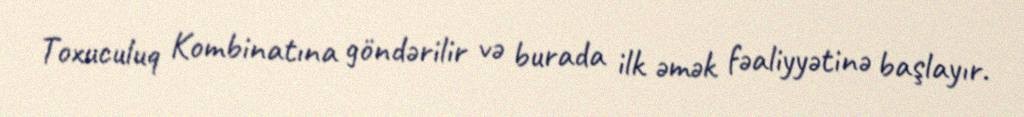
Toxuculuq Kombinatına göndərilir və burada ilk əmək fəaliyyətinə başlayır.